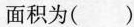
面积为( )